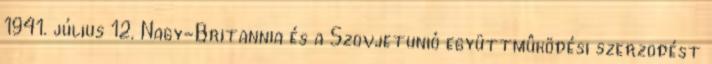
1941. július 12. Nagy-Britannia és a Szovjetunió együttmûködési szerzõdést